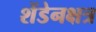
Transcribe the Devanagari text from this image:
शेंडेनक्षत्र